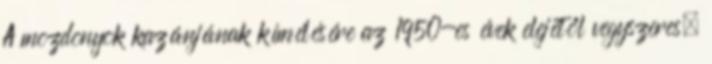
A mozdonyok kazánjának kímélésére az 1950-es évek elejétől vegyszeres,